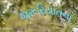
જરૂરિયાતના